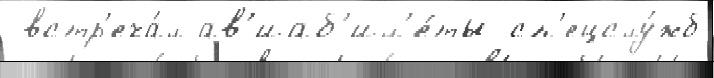
 встр'еча́л ав'иаб'ил'е́ты сп'ецслу́жб